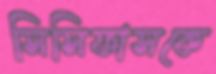
সিসিফাসকে